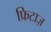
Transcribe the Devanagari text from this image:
फ्रिटाज़